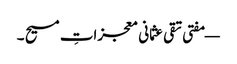
— مفتی تقی عثمانی معجزاتِ مسیح ۔